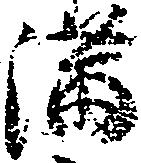
満